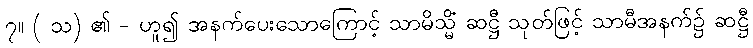
၇။ ( သ) ၏ - ဟူ၍ အနက်ပေးသောကြောင့် သာမိသ္မိံ ဆဋ္ဌီ သုတ်ဖြင့် သာမီအနက်၌ ဆဋ္ဌီ